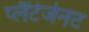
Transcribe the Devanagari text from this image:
प्लैंटेजेनट